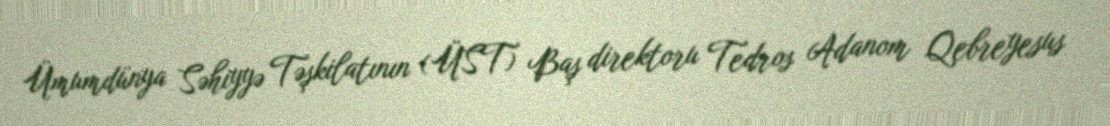
Ümumdünya Səhiyyə Təşkilatının (ÜST) Baş direktoru Tedros Adanom Qebreyesus